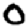
Digit: 0